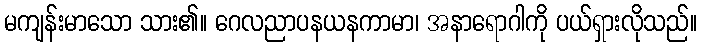
မကျန်းမာသော သား၏။ ဂေလညာပနယနကာမာ၊ အနာရောဂါကို ပယ်ရှားလိုသည်။